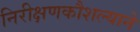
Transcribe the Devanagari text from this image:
निरीक्षणकौशल्याने